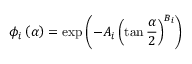
\phi _ { i } \left( \alpha \right) = \exp { \left( - A _ { i } \left( \tan { \frac { \alpha } { 2 } } \right) ^ { B _ { i } } \right) }